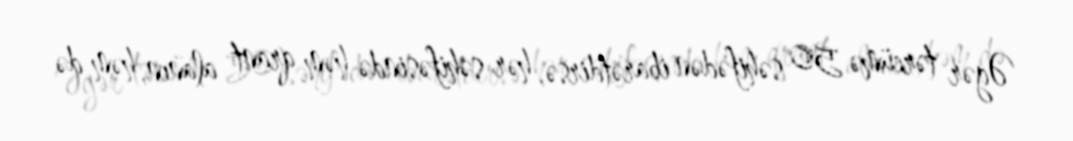
Əgər tərcümə 50 səhifədən ibarətdirsə, hər səhifəsində həm qrant alanın, həm də